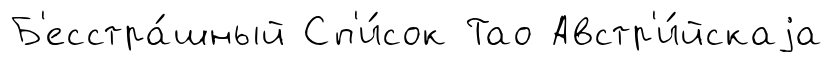
Б'есстра́шный Сп'и́сок Тао Австр'и́йскаjа